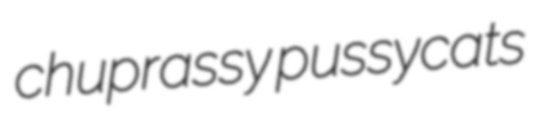
chuprassy pussycats